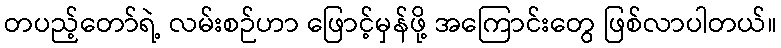
တပည့်တော်ရဲ့ လမ်းစဉ်ဟာ ဖြောင့်မှန်ဖို့ အကြောင်းတွေ ဖြစ်လာပါတယ်။